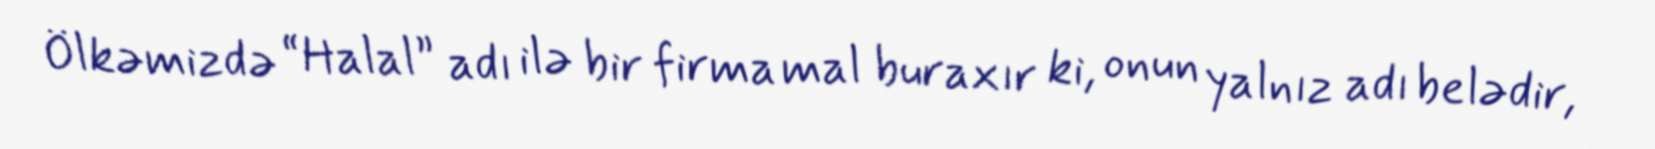
Ölkəmizdə “Halal” adı ilə bir firma mal buraxır ki, onun yalnız adı belədir,